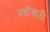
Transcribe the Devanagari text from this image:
नक्षीसाठी